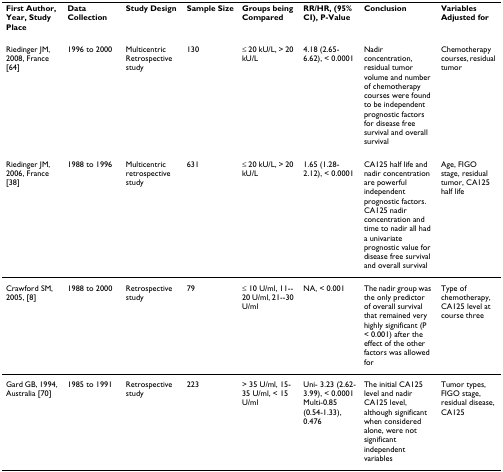
<table><thead><tr><td><b>First Author, Year, Study Place</b></td><td><b>Data Collection</b></td><td><b>Study Design</b></td><td><b>Sample Size</b></td><td><b>Groups being Compared</b></td><td><b>RR/HR, (95% CI), P-Value</b></td><td><b>Conclusion</b></td><td><b>Variables Adjusted for</b></td></tr></thead><tbody><tr><td>Riedinger JM, 2008, France [64]</td><td>1996 to 2000</td><td>Multicentric Retrospective study</td><td>130</td><td>≤ 20 kU/L, &gt; 20 kU/L</td><td>4.18 (2.65-6.62), &lt; 0.0001</td><td>Nadir concentration, residual tumor volume and number of chemotherapy courses were found to be independent prognostic factors for disease free survival and overall survival</td><td>Chemotherapy courses, residual tumor</td></tr><tr><td>Riedinger JM, 2006, France [38]</td><td>1988 to 1996</td><td>Multicentric retrospective study</td><td>631</td><td>≤ 20 kU/L, &gt; 20 kU/L</td><td>1.65 (1.28-2.12), &lt; 0.0001</td><td>CA125 half life and nadir concentration are powerful independent prognostic factors. CA125 nadir concentration and time to nadir all had a univariate prognostic value for disease free survival and overall survival</td><td>Age, FIGO stage, residual tumor, CA125 half life</td></tr><tr><td>Crawford SM, 2005, [8]</td><td>1988 to 2000</td><td>Retrospective study</td><td>79</td><td>≤ 10 U/ml, 11--20 U/ml, 21--30 U/ml</td><td>NA, &lt; 0.001</td><td>The nadir group was the only predictor of overall survival that remained very highly significant (P &lt; 0.001) after the effect of the other factors was allowed for</td><td>Type of chemotherapy, CA125 level at course three</td></tr><tr><td>Gard GB, 1994, Australia [70]</td><td>1985 to 1991</td><td>Retrospective study</td><td>223</td><td>&gt; 35 U/ml, 15-35 U/ml, &lt; 15 U/ml</td><td>Uni- 3.23 (2.62-3.99), &lt; 0.0001Multi-0.85 (0.54-1.33), 0.476</td><td>The initial CA125 level and nadir CA125 level, although significant when considered alone, were not significant independent variables</td><td>Tumor types, FIGO stage, residual disease, CA125</td></tr></tbody></table>